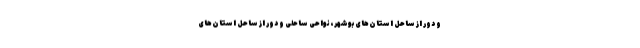
و دور از ساحل استان‌های بوشهر، نواحی ساحلی و دور از ساحل استان‌های